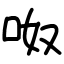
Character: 呶